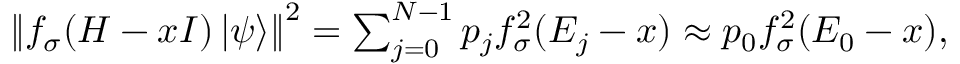
\begin{array} { r } { \left\| f _ { \sigma } ( H - x I ) \left| \psi \right\rangle \right\| ^ { 2 } = \sum _ { j = 0 } ^ { N - 1 } p _ { j } f _ { \sigma } ^ { 2 } ( E _ { j } - x ) \approx p _ { 0 } f _ { \sigma } ^ { 2 } ( E _ { 0 } - x ) , } \end{array}